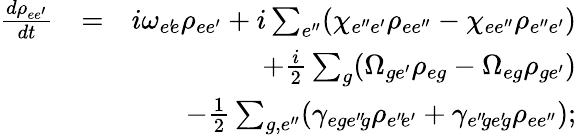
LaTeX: \begin{array}{rlr}{\frac{d\rho_{ee^{\prime}}}{dt}}&{=}&{i\omega_{e^{\prime}\! e}\rho_{ee^{\prime}}+i\sum_{e^{\prime\prime}}(\chi_{e^{\prime\prime}e^{\prime}}\rho_{ee^{\prime\prime}}-\chi_{ee^{\prime\prime}}\rho_{e^{\prime\prime}e^{\prime}})}\\ &{}&{+\frac{i}{2}\sum_{g}(\Omega_{ge^{\prime}}\rho_{eg}-\Omega_{eg}\rho_{ge^{\prime}})}\\ &{}&{-\frac{1}{2}\sum_{g,e^{\prime\prime}}(\gamma_{ege^{\prime\prime}\! g}\rho_{e^{\prime\prime}\! e^{\prime}}+\gamma_{e^{\prime\prime}\! ge^{\prime}\! g}\rho_{ee^{\prime\prime}});}\end{array}